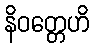
နိဝတ္တေဟိ